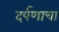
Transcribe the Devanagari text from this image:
दर्पणाचा